Report on sanitation, dispensaries, and jails in Rajputana for 1916, and on vaccination for the year 1916-1917 - 1916-1917
Year: 1916
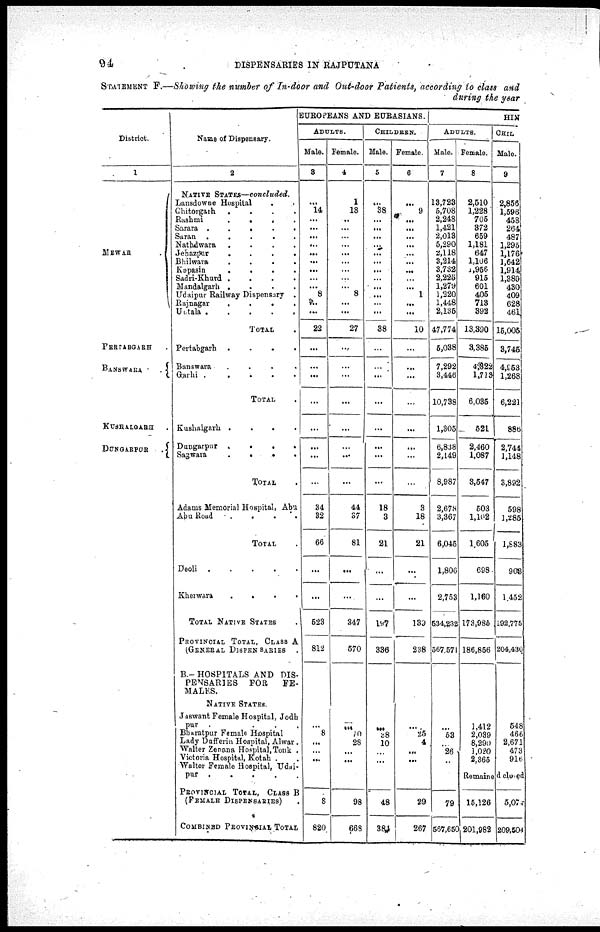
94
DISPENSARIES IN RAJPUTANA
STATEMENT F.—Showing the number of In-door and Out-door Patients, according to class and
during the year
District.
1
MEWAR
.
PERTABGARH .
BANSWARA
. .
KUSHALGARH .
DUNGARPUR
.
Name of Dispensary.
2
NATIVE STATES—concluded.
Lansdowne Hospital
. .
Chitorgarh
.
.
.
.
Rashmi
.
.
.
.
Sarara
.
.
.
Saran
.
.
.
.
.
Nathdwara
.
.
.
.
Jehazpur
.
.
.
.
Bhilwara
.
.
.
.
Kapasin
.
.
.
.
Sadri-Khurd
.
.
.
.
Mandalgarh
.
.
.
.
Udaipur Railway Dispensary .
Rajnagar
.
.
.
.
Untala
.....
TOTAL .
Pertabgarh
.
.
.
.
Banswara
.
.
.
.
Garhi
.
.
.
.
.
TOTAL .
Kushalgarh
.
.
.
.
Dungarpur
.
.
.
.
Sagwara
.
.
.
.
TOTAL .
Adams Memorial Hospital, Abu
Abu Road
.
.
.
.
TOTAL .
Deoli
.....
Kherwara
....
TOTAL NATIVE STATES .
PROVINCIAL TOTAL, CLASS A
(GENERAL DISPENSARIES .
B.—HOSPITALS AND DIS-
PENSARIES
FOR
FE¬
MALES.
NATIVE STATES.
Jaswant Female Hospital, Jodh
pur .....
Bharatpur Female Hospital
Lady Dufferin Hospital, Alwar.
Walter Zenana Hospital,Tonk .
Victoria Hospital, Kotah ..
Walter Female Hospital, Udai¬
pur .....
PROVINCIAL TOTAL, CLASS B
(FEMALE DISPENSARIES) .
COMBINED PROVINCIAL TOTAL
EUROPEANS AND EURASIANS.
ADULTS.
Male.
3
...
14
...
...
...
...
...
...
...
...
...
8
...
...
22
...
...
...
...
...
...
...
...
34
32
66
...
...
523
812
...
8
...
...
...
...
8
820
Female.
4
1
18
...
...
...
...
...
...
...
...
...
8
...
...
27
...
...
...
...
...
...
...
...
44
37
81
...
...
347
570
...
70
28
...
...
...
98
668
CHILDREN.
Male.
5
...
38
...
...
...
...
...
...
...
...
...
...
...
...
38
...
...
...
...
...
...
...
...
18
3
21
...
...
197
336
...
38
10
...
...
...
48
384
Female.
6
...
9
...
...
...
...
...
...
...
...
...
1
...
...
10
...
...
...
...
...
...
...
...
3
18
21
...
...
139
238
...
25
4
...
...
...
29
267
HIN
ADULTS.
Male.
7
13,723
5,708
2,248
1,421
2,013
5,290
2,118
3,214
3,732
2,225
1,279
1,220
1,448
2,135
47,774
5,038
7,292
3,446
10,738
1,305
6,838
2,149
8,987
2,678
3,367
6,045
1,806
2,753
534,232
567,571
...
53
...
26
...
...
79
567,650
Female.
8
2,510
1,228
705
372
659
1,181
647
1,106
1,956
915
601
405
713
392
13,390
3,385
4,322
1,713
6,035
521
2,460
1,087
3,547
503
1,102
1,605
698
1,160
173,985
186,856
1,412
2,039
8,200
1,020
2,365
CHIL
Male.
9
2,856
1,596
458
264
487
1,295
1,176
1,642
1,914
1,389
430
409
628
461
15,005
3,745
4,953
1,268
6,221
886
2,744
1,148
3,892
598
1,285
1,683
908
1,452
192,775
204,430
548
466
2,671
473
916
Remained closed
15,126
201,982
5,070
209,504